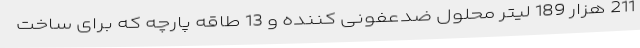
211 هزار 189 لیتر محلول ضدعفونی کننده و 13 طاقه پارچه که برای ساخت